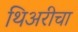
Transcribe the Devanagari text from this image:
थिअरीचा